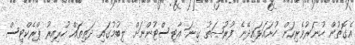
އެގޮތުން ހުނަރުވެރިކަން ހުށައަޅައިދޭނެ ފުރުޞަތު ގިނަ އާޓިސްޓުންނަށް ލިބުމުގައި ދަތިތައް ހުރިއިރު ޕްރެކްޓިސް